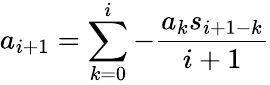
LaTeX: a_{i+1}=\sum_{k=0}^{i}{-\frac{a_{k}s_{i+1-k}}{i+1}}